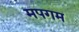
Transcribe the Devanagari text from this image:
मपगम